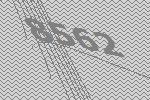
8562